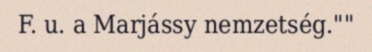
F. u. a Marjássy nemzetség.""